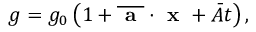
g = g _ { 0 } \left( 1 + \overline { { \textbf { a } } } \cdot \textbf { x } + \bar { A } t \right) ,